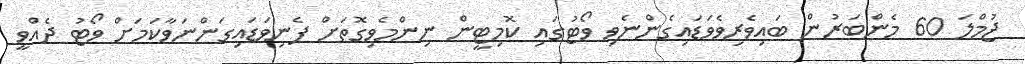
ޖުމްލަ 60 މެންބަރުން ބައިވެރިވެވަޑައިގެންނެވި ވޯޓުގައި ކޮމިޓީން ނިންމެވިގޮތަށް ފެނިވަޑައިގަންނަވާކަމަށް ވޯޓު ދެއްވީ